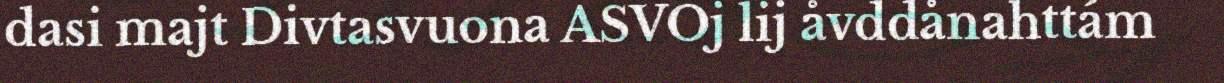
dasi majt Divtasvuona ASVOj lij åvddånahttám